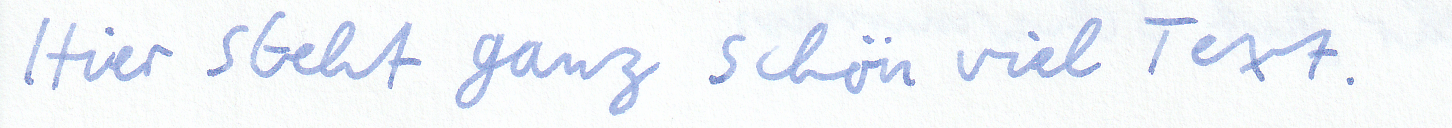
Hier steht ganz schön viel Text.